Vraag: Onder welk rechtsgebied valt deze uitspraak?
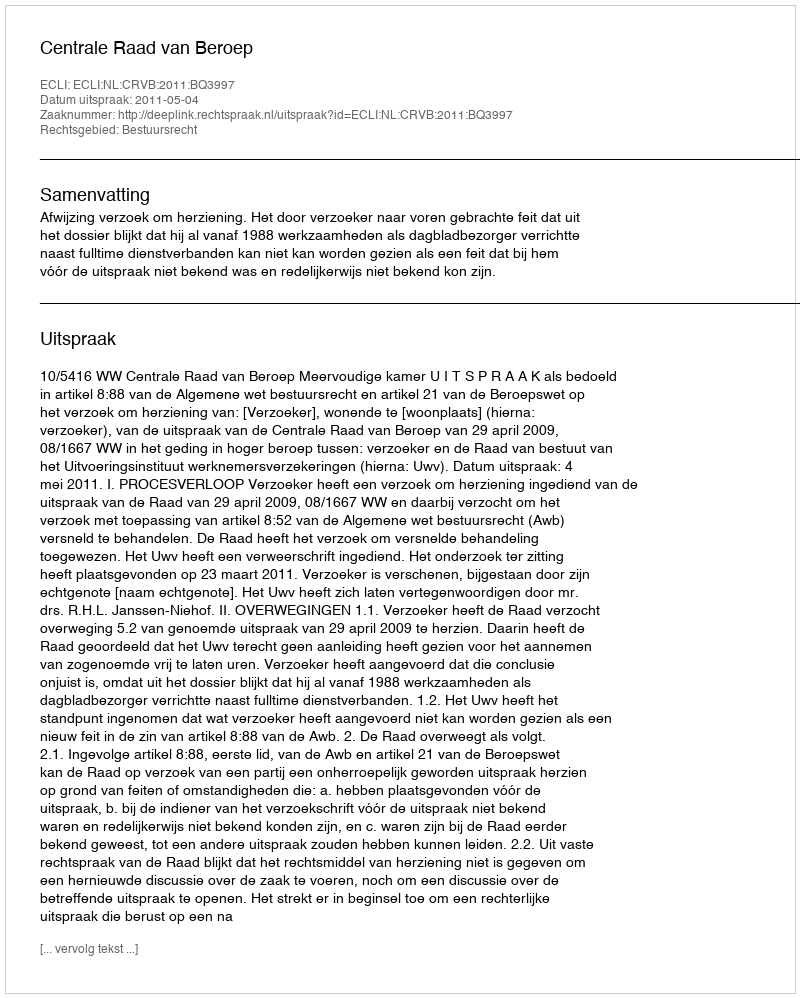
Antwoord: Bestuursrecht